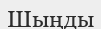
Шыңды